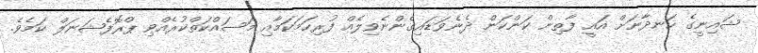
ޝައިނީގެ ހަނދާނަށް އައީ ފާތިން ކަންކަން ދެނެވަޑައިގެންނެވިލެއް ފުރިހަމަކަމާއި މަސައްކަތްކުރެއްވި ޕްރޮފެޝަނަލް ކަމެވެ.